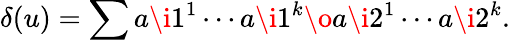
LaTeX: \delta(u)=\sum a\i 1^{1}\cdots a\i 1^{k}\o a\i 2^{1}\cdots a\i 2^{k}.